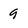
Character: 9